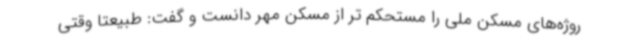
روژه‌های مسکن ملی را مستحکم تر از مسکن مهر دانست و گفت: طبیعتاً وقتی